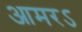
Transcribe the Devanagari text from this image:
आमरऽ